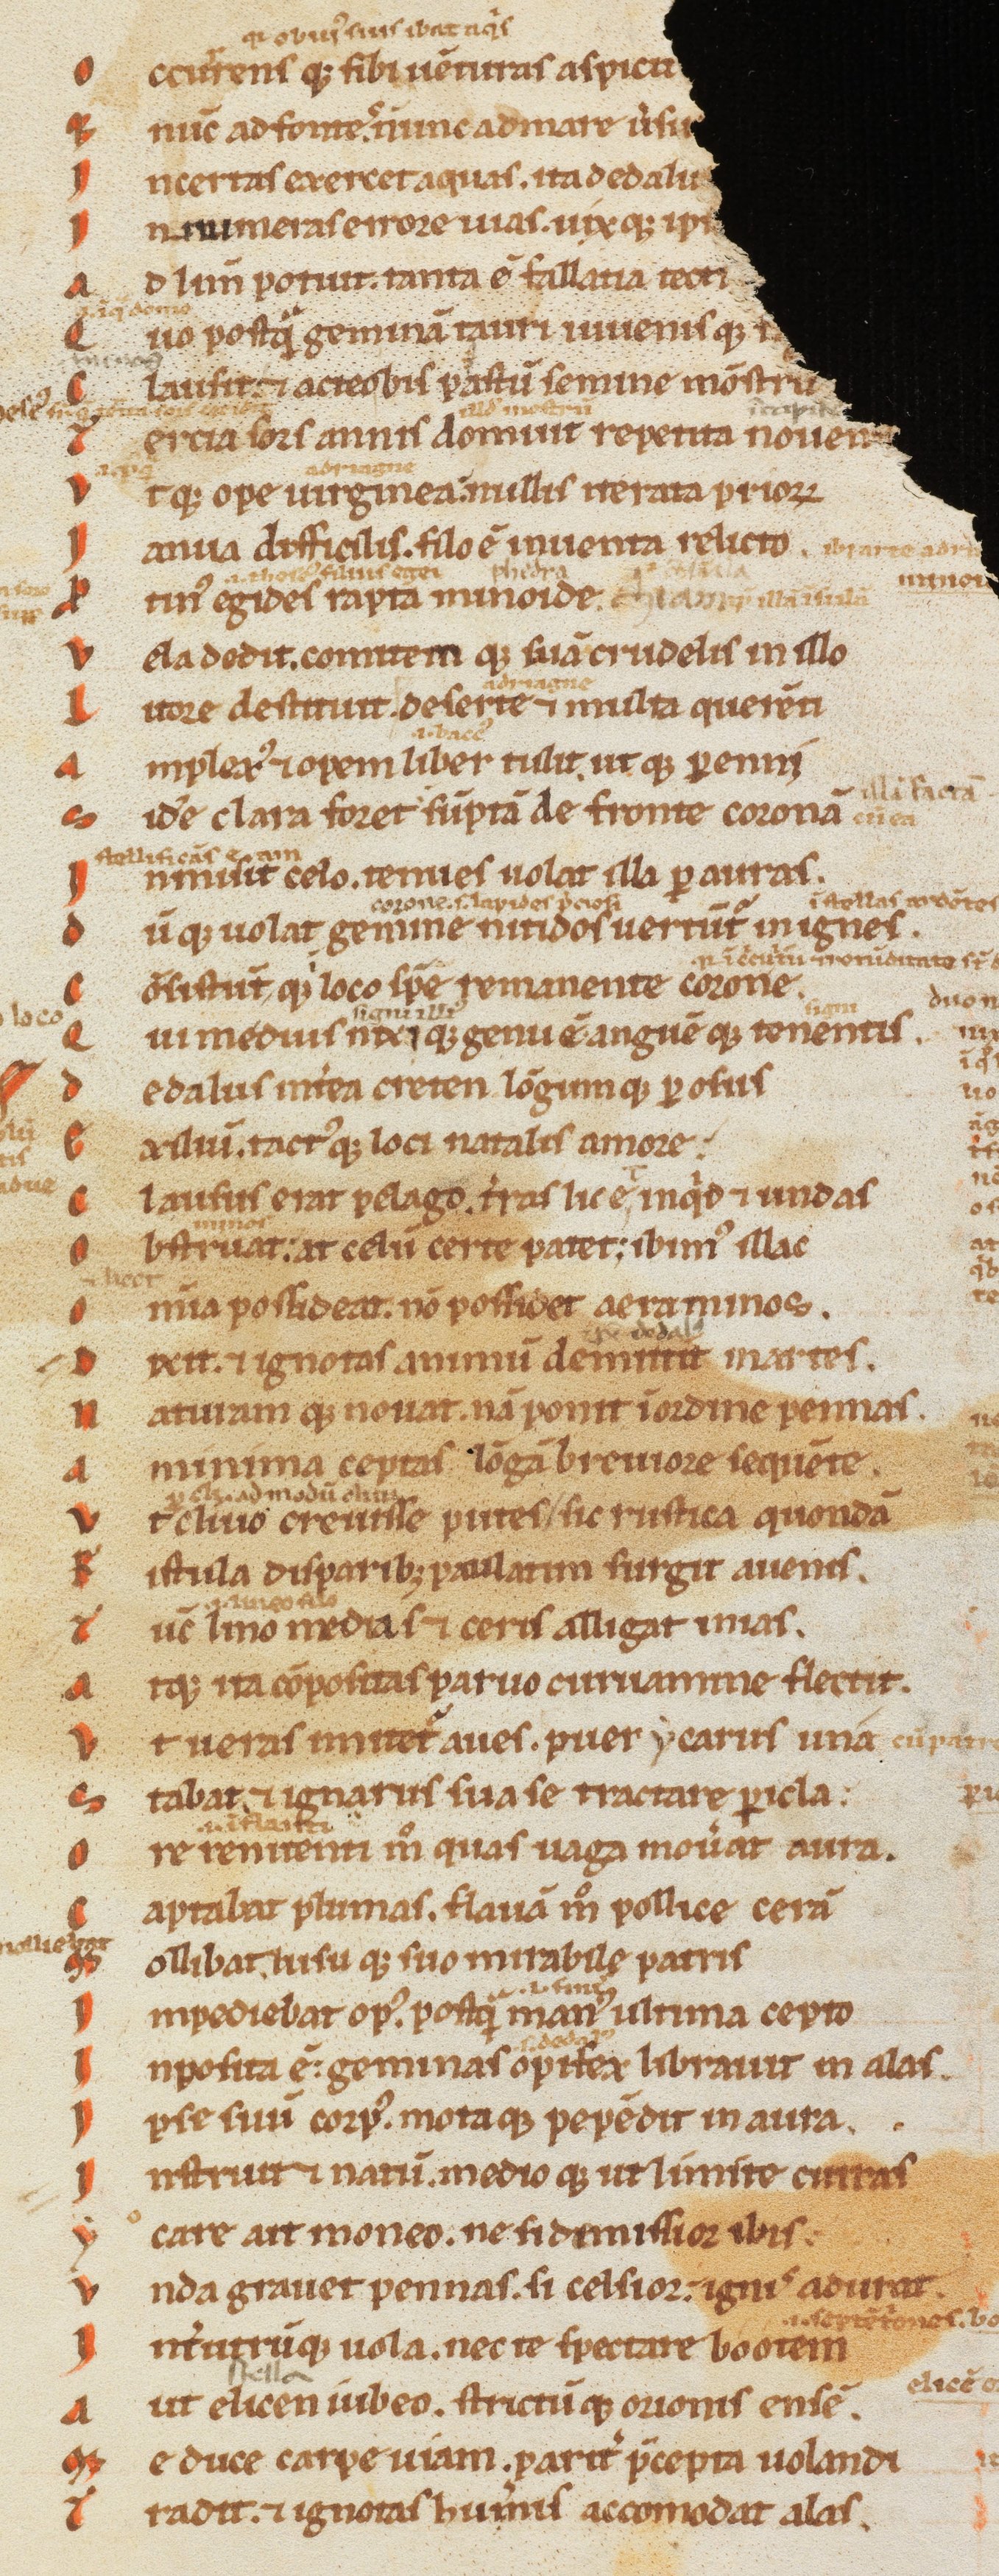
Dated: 1170–1199